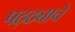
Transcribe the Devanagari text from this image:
पठ्ठ्याचे